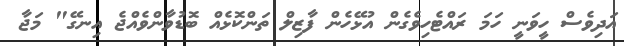
އަދިވެސް ހީވަނީ ހަމަ ރައްޓެހިވެގެން އުޅޭހެން ފާޒިލް ތަންކޮޅެއް ބޮޑުވާންވެއްޖެ އިނގޭ" މަޖާ